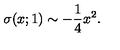
\sigma ( x ; 1 ) \sim - { \frac { 1 } { 4 } } x ^ { 2 } .